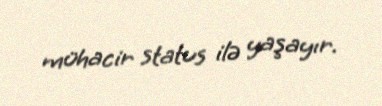
mühacir status ilə yaşayır.